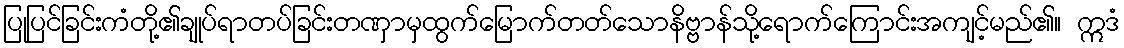
ပြုပြင်ခြင်းကံတို့၏ချုပ်ရာတပ်ခြင်းတဏှာမှထွက်မြောက်တတ်သောနိဗ္ဗာန်သို့ရောက်ကြောင်းအကျင့်မည်၏။ ဣဒံ